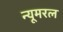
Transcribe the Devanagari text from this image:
न्यूमरल